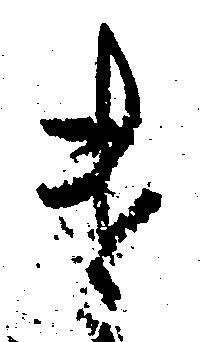
け